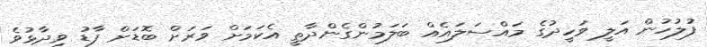
ފުލުހުން އަލީ ވަހީދުގެ މައްސަލައެއް ބަލަމުންގެންދާތީ އެކަމަށް ވަރަށް ބޮޑަށް ފާޑު ވިދާޅުވެ